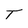
Character: T